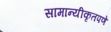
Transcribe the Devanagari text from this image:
सामान्यीकृतपणे